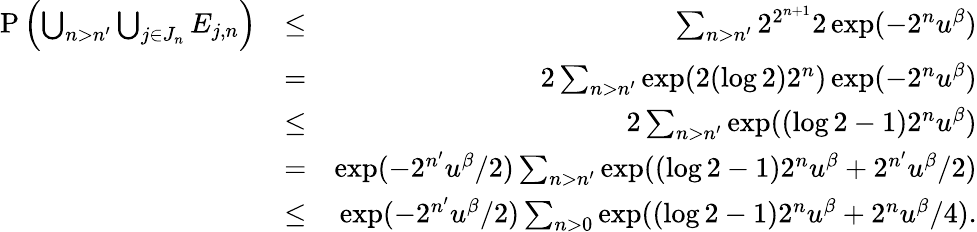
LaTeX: \begin{array}{rlr}{\mathrm{P}\left(\bigcup_{n>n^{\prime}}\bigcup_{j\in J_{n}}E_{j,n}\right)}&{\leq}&{\sum_{n>n^{\prime}}2^{2^{n+1}}2\exp(-2^{n}u^{\beta})}\\ &{=}&{2\sum_{n>n^{\prime}}\exp(2(\log 2)2^{n})\exp(-2^{n}u^{\beta})}\\ &{\leq}&{2\sum_{n>n^{\prime}}\exp((\log 2-1)2^{n}u^{\beta})}\\ &{=}&{\exp(-2^{n^{\prime}}u^{\beta}/2)\sum_{n>n^{\prime}}\exp((\log 2-1)2^{n}u^{\beta}+2^{n^{\prime}}u^{\beta}/2)}\\ &{\leq}&{\exp(-2^{n^{\prime}}u^{\beta}/2)\sum_{n>0}\exp((\log 2-1)2^{n}u^{\beta}+2^{n}u^{\beta}/4).}\end{array}